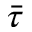
\bar { \tau }